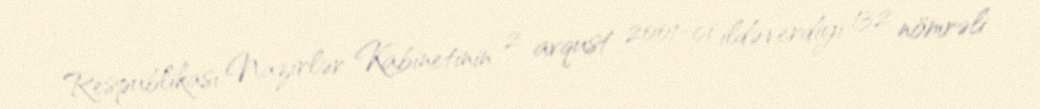
Respublikası Nazirlər Kabinetinin 2 avqust 2001-ci ildə verdiyi 132 nömrəli